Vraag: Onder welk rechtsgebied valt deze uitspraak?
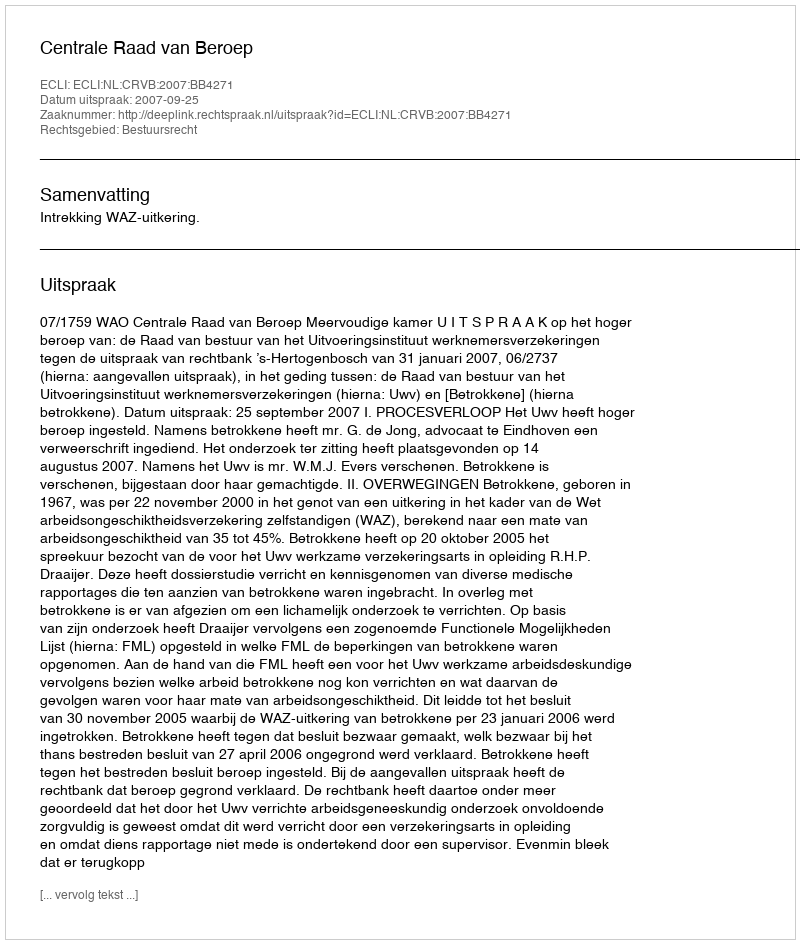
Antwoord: Bestuursrecht